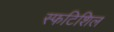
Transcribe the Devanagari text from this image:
स्फटिशिल